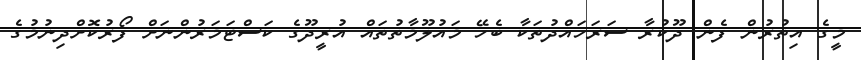
މީގެ އިތުރުން ފެން ދޫކުރާ ސަރަހައްދުތަކާ ބެހޭ މައުލޫމާތުތައް އުރީދޫގެ ކަސްޓަމަރުންނަށް ފޯރުކޮށްދިނުމުގެ